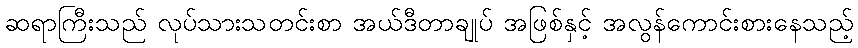
ဆရာကြီးသည် လုပ်သားသတင်းစာ အယ်ဒီတာချုပ် အဖြစ်နှင့် အလွန်ကောင်းစားနေသည့်